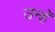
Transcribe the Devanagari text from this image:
उन्हॅ